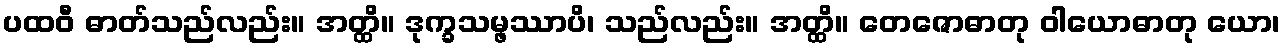
ပထဝီ ဓာတ်သည်လည်း။ အတ္ထိ။ ဒုက္ခသမ္ဖဿာပိ၊ သည်လည်း။ အတ္ထိ။ တေဇောဓာတု ဝါယောဓာတု ယော၊